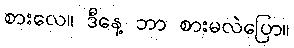
စားလေ။ ဒီနေ့ ဘာ စားမလဲပြော။